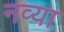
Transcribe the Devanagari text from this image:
नव्‍या